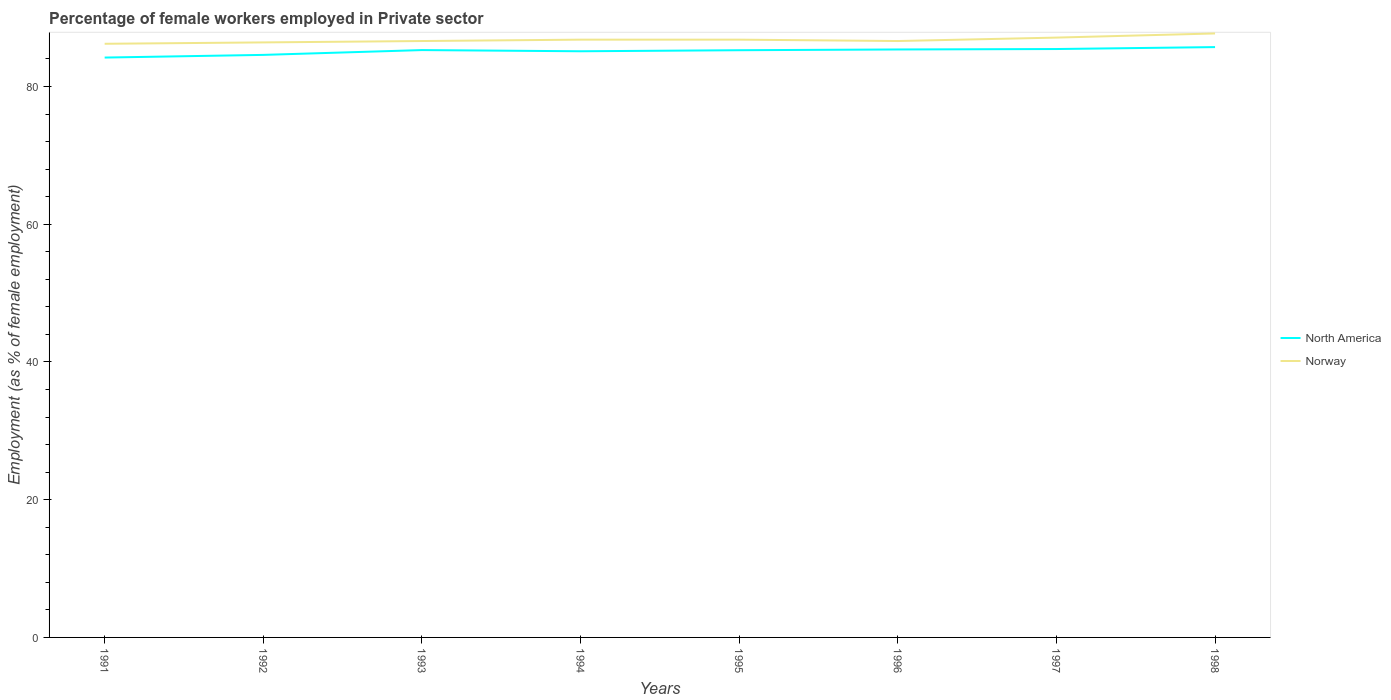
| Years | North America | Norway |
 | --- | --- | --- |
 | 1991 | 84.2 | 86.2 |
 | 1992 | 84.6 | 86.4 |
 | 1993 | 85.3 | 86.6 |
 | 1994 | 85.1 | 86.8 |
 | 1995 | 85.3 | 86.8 |
 | 1996 | 85.4 | 86.6 |
 | 1997 | 85.4 | 87.1 |
 | 1998 | 85.7 | 87.7 |